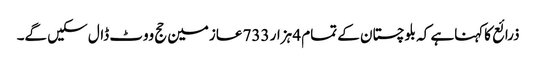
ذرائع کاکہناہے کہ بلوچستان کے تمام 4 ہزار 733 عازمین حج ووٹ ڈال سکیں گے۔